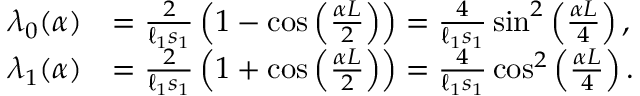
\begin{array} { r l } { \lambda _ { 0 } ( \alpha ) } & { = \frac { 2 } { \ell _ { 1 } s _ { 1 } } \left( 1 - \cos \left( \frac { \alpha L } { 2 } \right) \right) = \frac { 4 } { \ell _ { 1 } s _ { 1 } } \sin ^ { 2 } \left( \frac { \alpha L } { 4 } \right) , } \\ { \lambda _ { 1 } ( \alpha ) } & { = \frac { 2 } { \ell _ { 1 } s _ { 1 } } \left( 1 + \cos \left( \frac { \alpha L } { 2 } \right) \right) = \frac { 4 } { \ell _ { 1 } s _ { 1 } } \cos ^ { 2 } \left( \frac { \alpha L } { 4 } \right) . } \end{array}